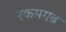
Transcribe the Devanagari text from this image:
रकमगढ